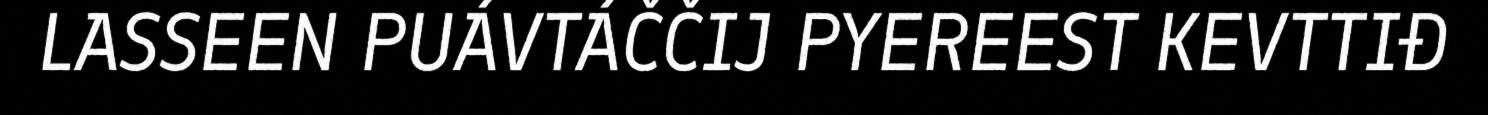
LASSEEN PUÁVTÁČČIJ PYEREEST KEVTTIĐ